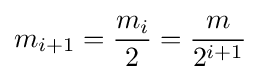
m_{i+1}={\frac {m_{i}}{2}}={\frac {m}{2^{i+1}}}